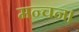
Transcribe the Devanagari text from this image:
मन्चन।